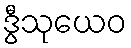
ဒွီသုယေဝ